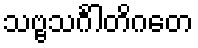
သဗ္ဗသင်္ဂါတိဂတေ